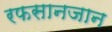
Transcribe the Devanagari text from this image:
रफसानजान